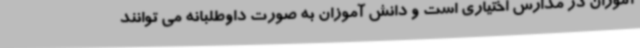
آموزان در مدارس اختیاری است و دانش آموزان به صورت داوطلبانه می توانند